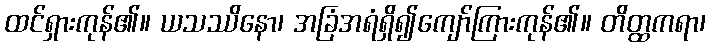
ထင်ရှားကုန်၏။ ယသဿိနော၊ အခြံအရံရှိ၍ကျော်ကြားကုန်၏။ တိတ္ထကရာ၊